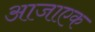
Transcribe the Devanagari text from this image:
आजाएक